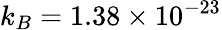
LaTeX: k_{B}=1.38\times 10^{-23}